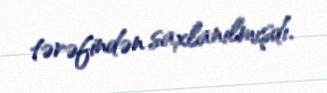
tərəfindən saxlanılmışdı.